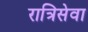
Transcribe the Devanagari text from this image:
रात्रिसेवा